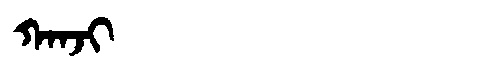
Manchu: ᡴᠠᠨᠵᡳ
Romanization: KANJI